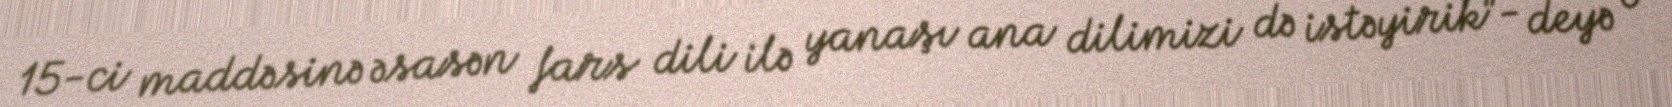
15-ci maddəsinə əsasən fars dili ilə yanaşı ana dilimizi də istəyirik”- deyə o